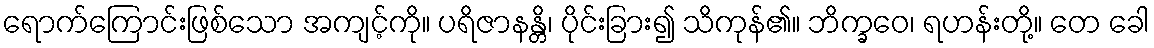
ရောက်ကြောင်းဖြစ်သော အကျင့်ကို။ ပရိဇာနန္တိ၊ ပိုင်းခြား၍ သိကုန်၏။ ဘိက္ခဝေ၊ ရဟန်းတို့။ တေ ခေါ